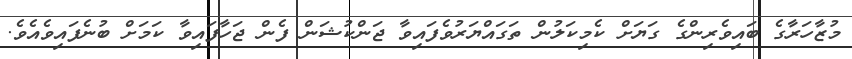
މުޒާހަރާގެ ބައިވެރިންގެ ގަޔަށް ކެމިކަލުން ތަގައްޔަރުވެފައިވާ ޖަންކުޝަން ފެން ޖަހާފައިވާ ކަމަށް ބުނެފައިވެއެވެ.